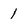
Character: 1